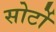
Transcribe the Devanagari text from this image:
सोर्टो